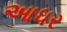
આધર